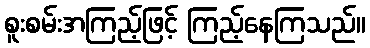
စူးစမ်းအကြည့်ဖြင့် ကြည့်နေကြသည်။